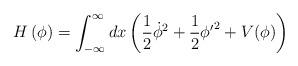
LaTeX: \begin{align*}H\left(\phi\right)=\int_{-\infty}^{\infty}dx\left(\frac{1}{2}\dot{\phi}^2+\frac{1}{2}{\phi'}^2+V(\phi)\right)\end{align*}